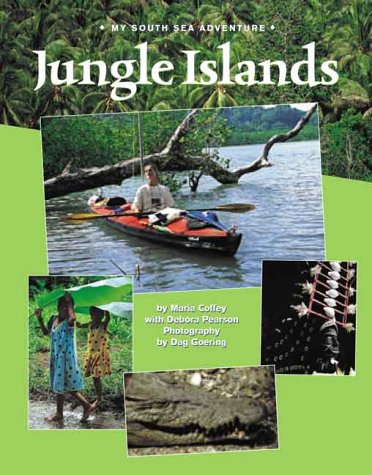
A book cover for Jungle Islands: My South Sea Adventure (Adventure Travel); Maria Coffey; Travel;